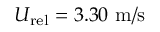
U _ { \mathrm { r e l } } = 3 . 3 0 ~ \mathrm { m / s }